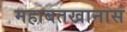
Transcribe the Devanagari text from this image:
महाबतखानास